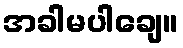
အခါမပါချေ။